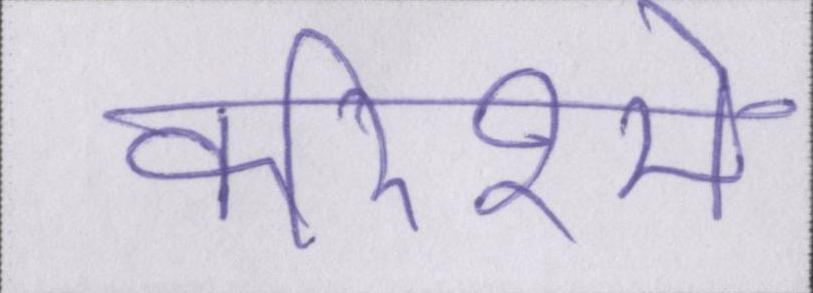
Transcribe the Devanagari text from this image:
करिश्मे